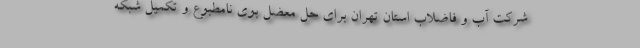
شرکت آب و فاضلاب استان تهران برای حل معضل بوی نامطبوع و تکمیل شبکه